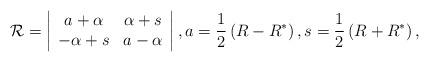
LaTeX: \begin{align*}{\cal R}=\left|\begin{array}{cc}a+\alpha & \alpha +s \\-\alpha +s & a-\alpha\end{array}\right| ,a=\frac 12\left( R-R^{*}\right) ,s=\frac 12\left( R+R^{*}\right) ,\end{align*}